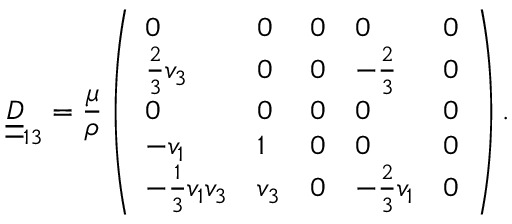
\underline { { \underline { { D } } } } _ { 1 3 } = \frac { \mu } { \rho } \left( \begin{array} { l l l l l } { 0 } & { 0 } & { 0 } & { 0 } & { 0 } \\ { \frac { 2 } { 3 } v _ { 3 } } & { 0 } & { 0 } & { - \frac { 2 } { 3 } } & { 0 } \\ { 0 } & { 0 } & { 0 } & { 0 } & { 0 } \\ { - v _ { 1 } } & { 1 } & { 0 } & { 0 } & { 0 } \\ { - \frac { 1 } { 3 } v _ { 1 } v _ { 3 } } & { v _ { 3 } } & { 0 } & { - \frac { 2 } { 3 } v _ { 1 } } & { 0 } \end{array} \right) .